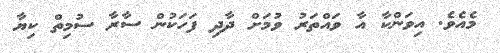
މެއެވެ. އިވަންކާ އާ ވައްތަރު ވުމަށް ދާދި ފަހަކުން ސާރާ ސުމިތް ކިޔާ